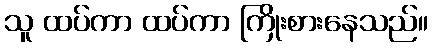
သူ ထပ်ကာ ထပ်ကာ ကြိုးစားနေသည်။